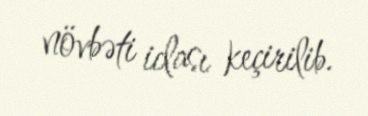
növbəti iclası keçirilib.